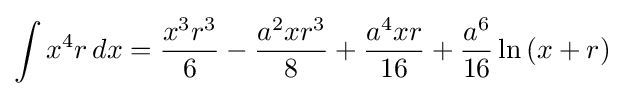
\int x^{4}r\,dx={\frac {x^{3}r^{3}}{6}}-{\frac {a^{2}xr^{3}}{8}}+{\frac {a^{4}xr}{16}}+{\frac {a^{6}}{16}}\ln \left(x+r\right)